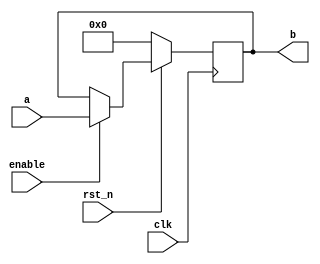
module register_nbit_clock_n(
input wire clk,
input wire rst_n,
input wire enable,
input wire [N - 1:0] a,
output reg [N - 1:0] b
);

parameter [31:0] N = 32;




  always @(negedge clk) begin
    if((rst_n == 1'b0)) begin
      b <= {(((N - 1))-((0))+1){1'b0}};
    end
    else if((enable == 1'b1)) begin
      b <= a;
    end
  end


endmodule